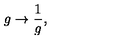
g \rightarrow \frac { 1 } { g } ,